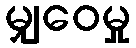
မျှဝေမှု